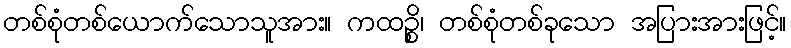
တစ်စုံတစ်ယောက်သောသူအား။ ကထဉ္စိ၊ တစ်စုံတစ်ခုသော အပြားအားဖြင့်။